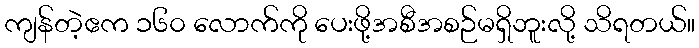
ကျန်တဲ့ဧက ၁၆၀ လောက်ကို ပေးဖို့အစီအစဉ်မရှိဘူးလို့ သိရတယ်။